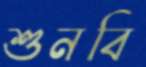
শুনবি